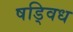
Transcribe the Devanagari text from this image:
षड्विध